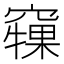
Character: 𥨘